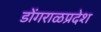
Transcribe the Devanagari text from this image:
डोंगराळप्रदेश